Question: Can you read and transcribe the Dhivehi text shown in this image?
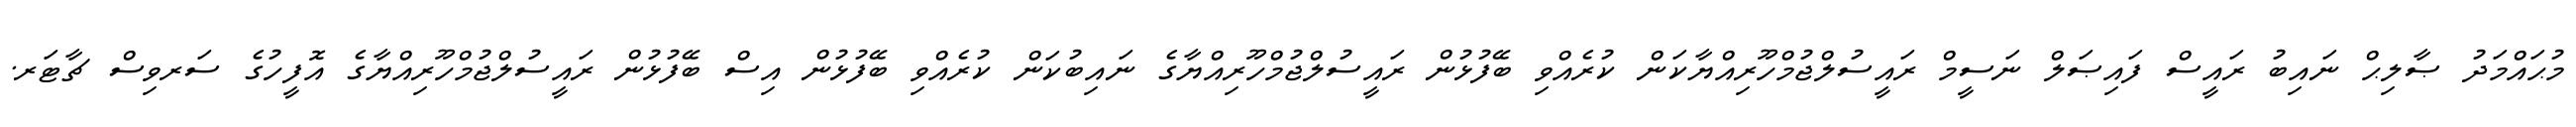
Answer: މުޙައްމަދު ޞާލިޙް ނައިބު ރައީސް ފައިޞަލް ނަސީމް ރައީސުލްޖުމްހޫރިއްޔާކަން ކުރެއްވި ބޭފުޅުން ރައީސުލްޖުމްހޫރިއްޔާގެ ނައިބުކަން ކުރެއްވި ބޭފުޅުން އިސް ބޭފުޅުން ރައީސުލްޖުމްހޫރިއްޔާގެ އޮފީހުގެ ސަރވިސް ޗާޓަރ.